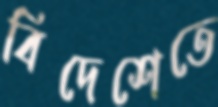
বিদেশেতে